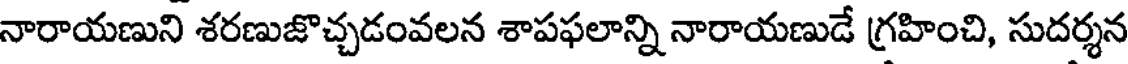
నారాయణుని శరణుజొచ్చడంవలన శాపఫలాన్ని నారాయణుడే గ్రహించి, సుదర్శన